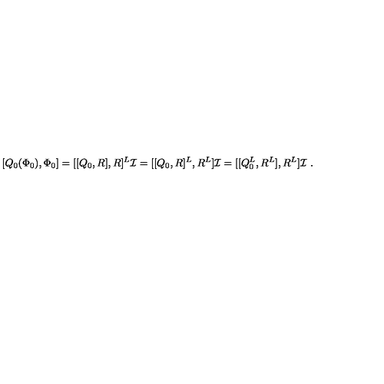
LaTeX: [ Q _ { 0 } ( \Phi _ { 0 } ) , \Phi _ { 0 } ] = [ [ Q _ { 0 } , R ] , R ] ^ { L } \mathcal { I } = [ [ Q _ { 0 } , R ] ^ { L } , R ^ { L } ] \mathcal { I } = [ [ Q _ { 0 } ^ { L } , R ^ { L } ] , R ^ { L } ] \mathcal { I } \ .